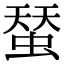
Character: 蝅